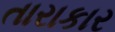
તારાકાર